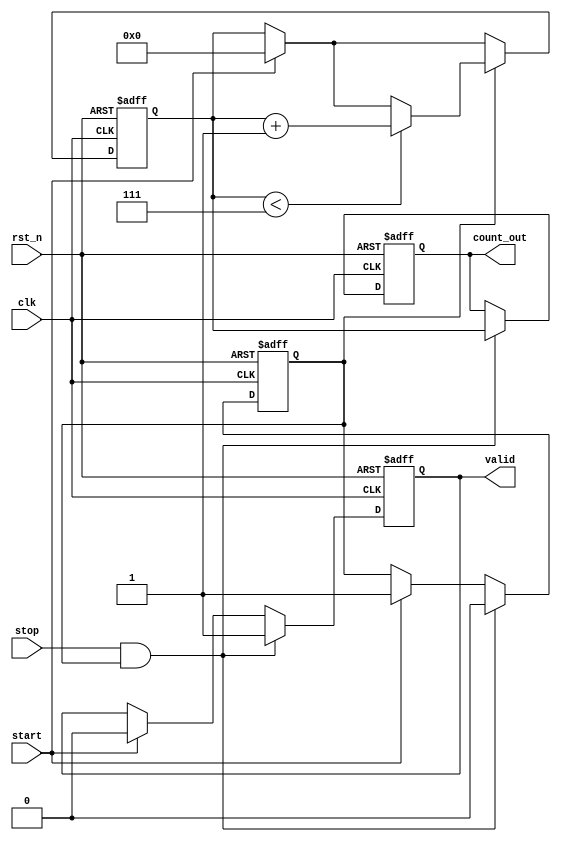
module TDC #(
    parameter DELAY_UNITS = 8, // Number of delay elements
    parameter COUNTER_WIDTH = 4 // Width of the counter
)(
    input wire clk,               // System clock
    input wire rst_n,             // Active low reset
    input wire start,             // Start signal
    input wire stop,              // Stop signal
    output reg [COUNTER_WIDTH-1:0] count_out, // Output count
    output reg valid              // Valid output signal
);

    // Delay line signals
    reg [DELAY_UNITS-1:0] delay_line; // Delay line storage
    reg [COUNTER_WIDTH-1:0] counter;   // Counter for delay elements
    reg measuring;                     // Flag to indicate measuring state

    // Control logic for the TDC
    always @(posedge clk or negedge rst_n) begin
        if (!rst_n) begin
            // Reset all registers and output
            counter <= 0;
            count_out <= 0;
            valid <= 0;
            measuring <= 0;
            delay_line <= 0;
        end else begin
            if (start) begin
                // Initialize measurement
                counter <= 0;
                valid <= 0;
                measuring <= 1;
                delay_line <= 1; // Activate the first delay cell
            end
            
            if (measuring) begin
                // Increment counter for each clock cycle while measuring
                if (counter < (DELAY_UNITS - 1)) begin
                    counter <= counter + 1;
                end
                
                // Shift the delay line to simulate delay cells
                delay_line <= {delay_line[DELAY_UNITS-2:0], 1'b0}; // Shift left by 1
            end
            
            if (stop && measuring) begin
                // Stop measurement and capture the count
                count_out <= counter;
                valid <= 1; // Signal that a valid count is available
                measuring <= 0; // Stop measuring
                delay_line <= 0; // Reset delay line
            end
        end
    end

endmodule